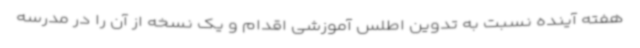
هفته آینده نسبت به تدوین اطلس آموزشی اقدام و یک نسخه از آن را در مدرسه